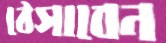
ঠেসাবেন